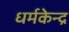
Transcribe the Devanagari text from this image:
धर्मकेन्द्र